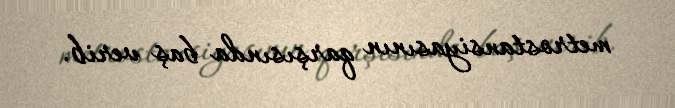
metrostansiyasının qarşısında baş verib.